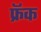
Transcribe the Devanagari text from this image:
फ्रॅक